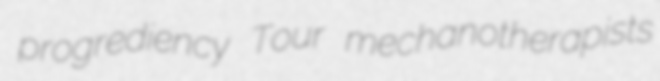
progrediency Tour mechanotherapists